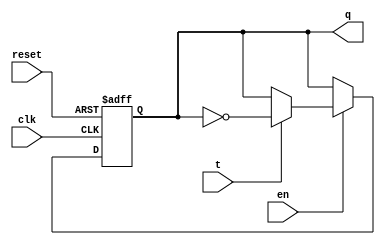
module TFF_s(q, t, en, reset, clk);
    
    output reg q; 
    
    input t, en, reset, clk; 
        
    always @(posedge clk, posedge reset) begin
        if (reset) 
            q = 1'b0;               //async reset 
        else begin
            if (~en) 
                q = q;              //Hold if not enabled 
            else begin
                if(t)
                q = ~q;             //T = 1, Toggle 
                else
                q = q;              //T = 0, Hold 
            end                 
        end            
    end   

endmodule